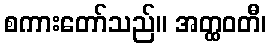
စကားတော်သည်။ အတ္ထဝတီ၊